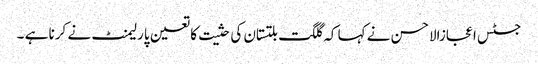
جسٹس اعجازالاحسن نے کہا کہ گلگت بلتستان کی حثیت کا تعین پارلیمنٹ نے کرنا ہے ۔